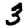
Digit: 3